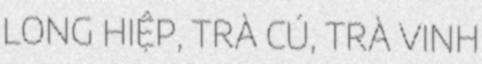
LONG HIỆP, TRÀ CÚ, TRÀ VINH